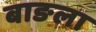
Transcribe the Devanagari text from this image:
बाङला